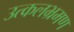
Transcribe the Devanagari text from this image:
उत्कलभ्रमण